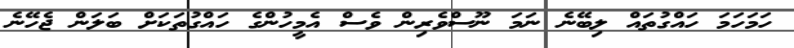
ހަމަހަމަ ހައްގުތައް ލިބޭނެ ނަމަ ނޫސްވެރިން ވެސް އެމީހުންގެ ހައްގުތަކަށް ބަލަން ޖެހޭނެ